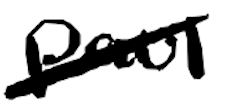
Text: Paul
Cross-out: diagonal
Writing tool: digital_black